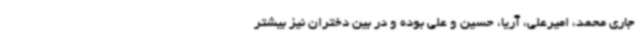
جاری محمد، امیرعلی، آریا، حسین و علی بوده و در بین دختران نیز بیشتر